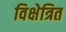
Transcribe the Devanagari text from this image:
विक्षेत्रित